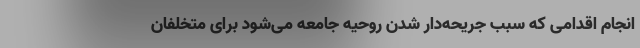
انجام اقدامی که سبب جریحه‌دار شدن روحیه جامعه می‌شود برای متخلفان